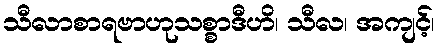
သီလာစာရဗာဟုသစ္စာဒီဟိ၊ သီလ၊ အကျင့်၊